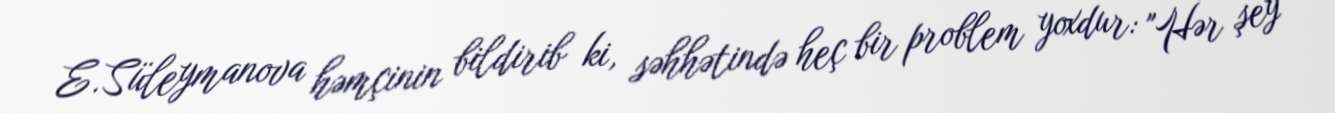
E.Süleymanova həmçinin bildirib ki, səhhətində heç bir problem yoxdur: "Hər şey